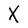
Character: X